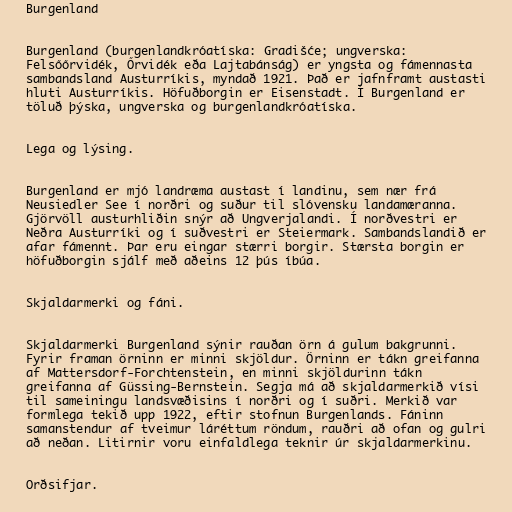
Burgenland

Burgenland (burgenlandkróatíska: Gradišće; ungverska:
Felsőőrvidék, Őrvidék eða Lajtabánság) er yngsta og fámennasta
sambandsland Austurríkis, myndað 1921. Það er jafnframt austasti
hluti Austurríkis. Höfuðborgin er Eisenstadt. Í Burgenland er
töluð þýska, ungverska og burgenlandkróatíska.

Lega og lýsing.

Burgenland er mjó landræma austast í landinu, sem nær frá
Neusiedler See í norðri og suður til slóvensku landamæranna.
Gjörvöll austurhliðin snýr að Ungverjalandi. Í norðvestri er
Neðra Austurríki og í suðvestri er Steiermark. Sambandslandið er
afar fámennt. Þar eru eingar stærri borgir. Stærsta borgin er
höfuðborgin sjálf með aðeins 12 þús íbúa.

Skjaldarmerki og fáni.

Skjaldarmerki Burgenland sýnir rauðan örn á gulum bakgrunni.
Fyrir framan örninn er minni skjöldur. Örninn er tákn greifanna
af Mattersdorf-Forchtenstein, en minni skjöldurinn tákn
greifanna af Güssing-Bernstein. Segja má að skjaldarmerkið vísi
til sameiningu landsvæðisins í norðri og í suðri. Merkið var
formlega tekið upp 1922, eftir stofnun Burgenlands. Fáninn
samanstendur af tveimur láréttum röndum, rauðri að ofan og gulri
að neðan. Litirnir voru einfaldlega teknir úr skjaldarmerkinu.

Orðsifjar.